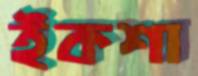
ইকশা